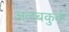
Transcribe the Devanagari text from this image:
अलबकुर्क